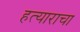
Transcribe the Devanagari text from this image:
हत्याराचा